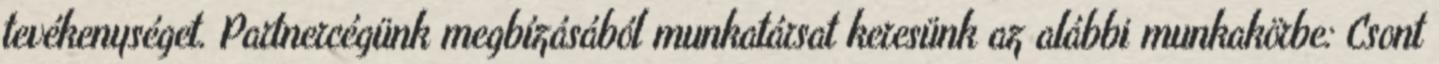
tevékenységet. Partnercégünk megbízásából munkatársat keresünk az alábbi munkakörbe: Csont